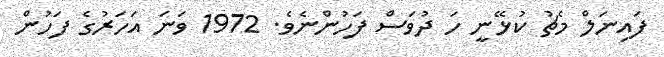
ފައިނަލް މެޗު ކުޅޭނީ ހަ ދުވަސް ފަހުންނެވެ. 1972 ވަނަ އަހަރުގެ ފަހުން